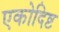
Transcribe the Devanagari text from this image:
एकोदिष्ट